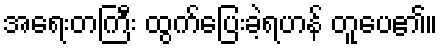
အရေးတကြီး ထွက်ပြေးခဲ့ရဟန် တူပေ၏။